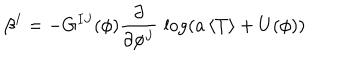
\beta ^ { I } = - G ^ { I J } ( \phi ) { \frac { \partial } { \partial \phi ^ { J } } } \, \log ( { a \, \langle T \rangle + U ( \phi ) } )